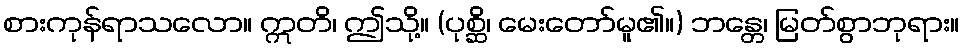
စားကုန်ရာသလော။ ဣတိ၊ ဤသို့။ (ပုစ္ဆိ၊ မေးတော်မူ၏။) ဘန္တေ၊ မြတ်စွာဘုရား။